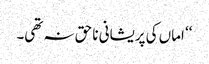
‘‘ اماں کی پریشانی نا حق نہ تھی۔